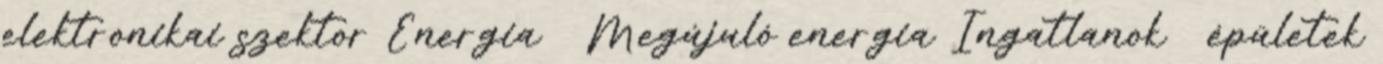
elektronikai szektor Energia Megújuló energia Ingatlanok épületek